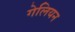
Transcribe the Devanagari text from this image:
गेलियन